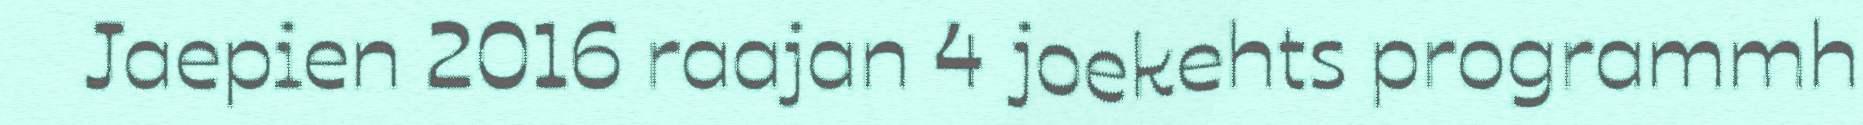
Jaepien 2016 raajan 4 joekehts programmh